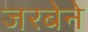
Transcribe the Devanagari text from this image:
जरबेने